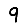
Digit: 9